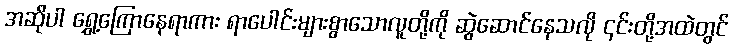
အဆိုပါ ရွှေ့ကြောနေရာကား ရာပေါင်းများစွာသောလူတို့ကို ဆွဲဆောင်နေသလို ၎င်းတို့အထဲတွင်